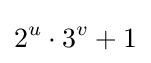
2^{u}\cdot 3^{v}+1